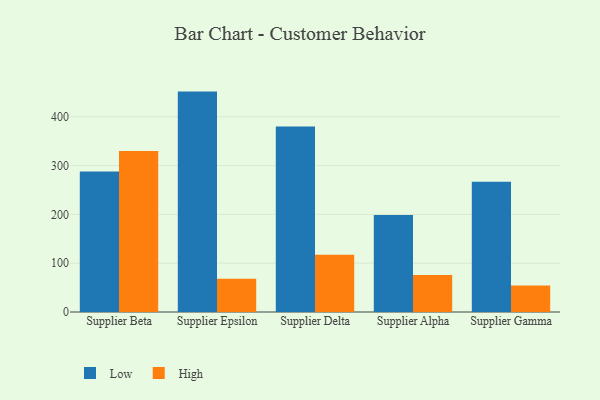
{"axis": {"x": "Supplier", "y": "Energy Usage (MWh)"}, "legend": ["High", "Low"], "data": [{"x": "Supplier Beta", "y": 287.9, "type": "Low"}, {"x": "Supplier Beta", "y": 329.8, "type": "High"}, {"x": "Supplier Epsilon", "y": 451.6, "type": "Low"}, {"x": "Supplier Epsilon", "y": 68.0, "type": "High"}, {"x": "Supplier Delta", "y": 379.9, "type": "Low"}, {"x": "Supplier Delta", "y": 117.1, "type": "High"}, {"x": "Supplier Alpha", "y": 198.6, "type": "Low"}, {"x": "Supplier Alpha", "y": 75.8, "type": "High"}, {"x": "Supplier Gamma", "y": 266.8, "type": "Low"}, {"x": "Supplier Gamma", "y": 54.5, "type": "High"}]}